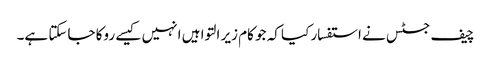
چیف جسٹس نے استفسار کیا کہ جو کام زیر التوا ہیں انہیں کیسے روکا جاسکتا ہے۔